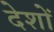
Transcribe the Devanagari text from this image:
देशों